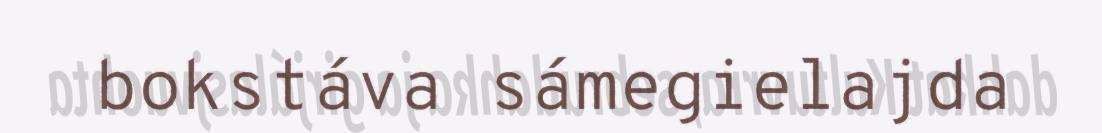
bokstáva sámegielajda